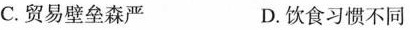
C.贸易壁垒森严 D.饮食习惯不同